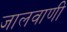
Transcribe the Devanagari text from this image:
जालवाणी